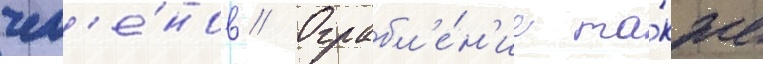
чл'е́нов // Ограбл'е́н'ие та́кже